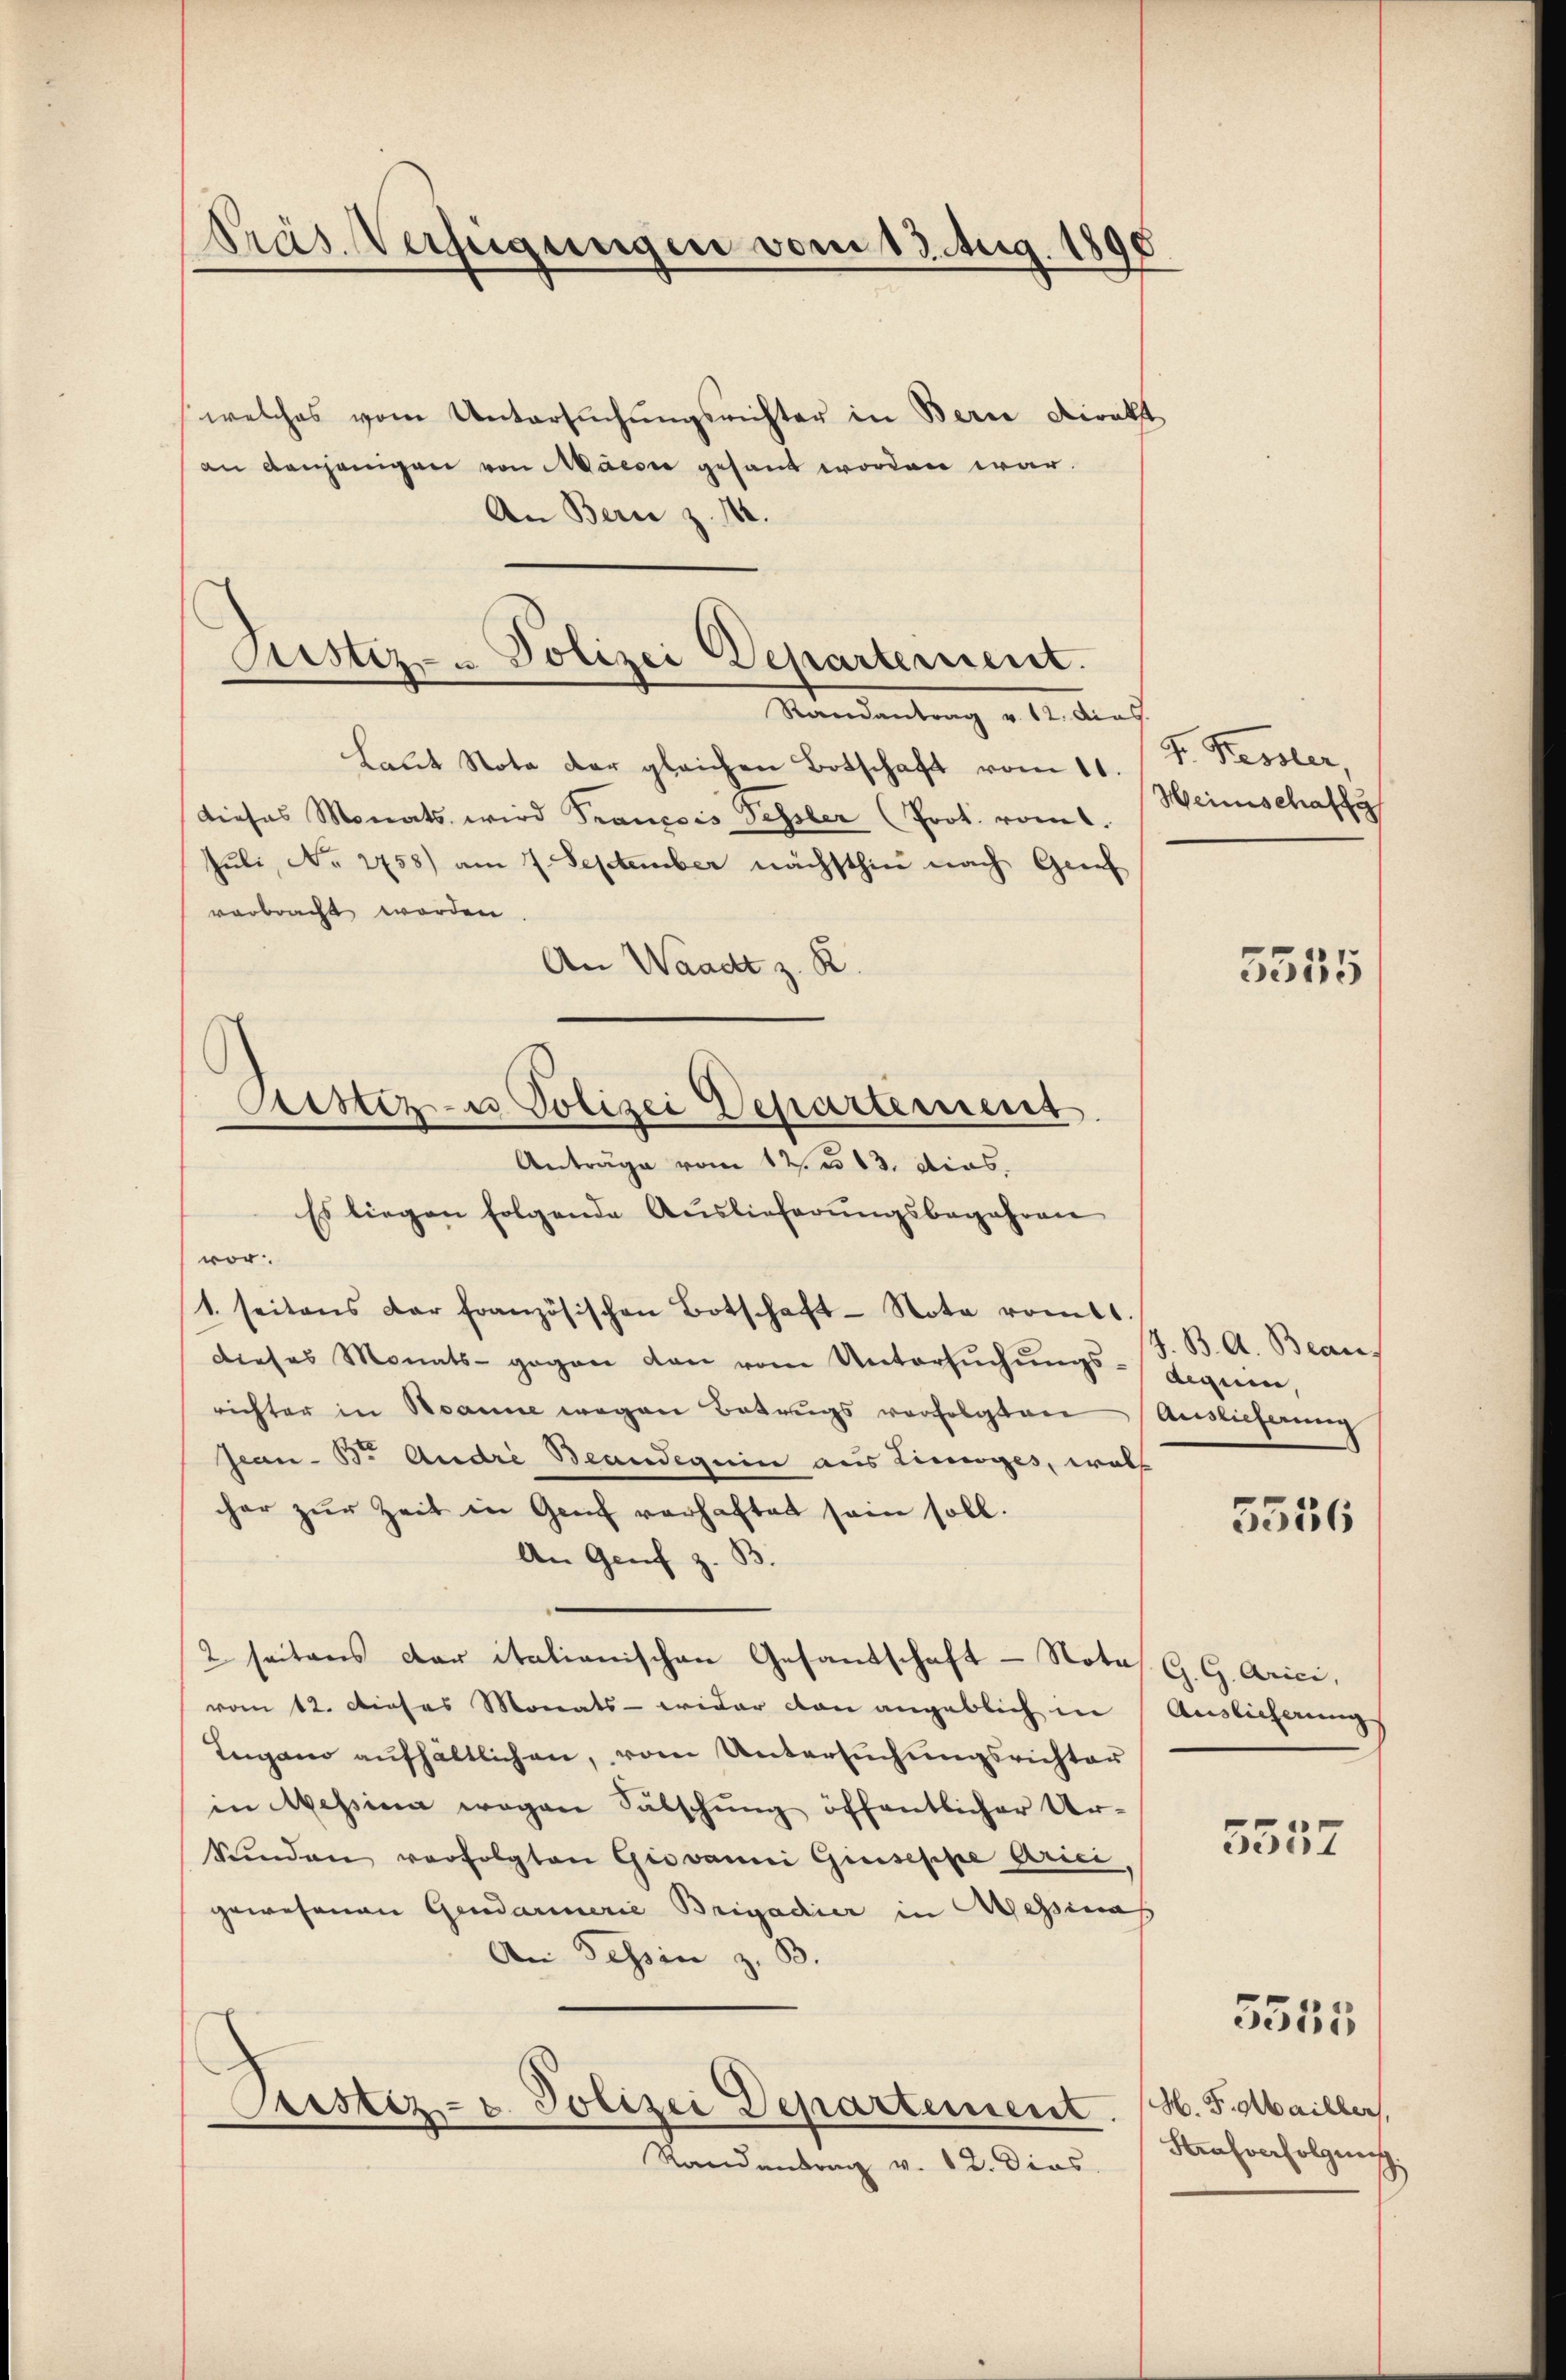
Präs. Verfügungen vom 13. Aug. 1896

welches vom Untersŭchŭngsrichter in Berne Direkt
an denjenigen von Macore gesandt worden war.
An Bern z. 14.
Randantrag v. 12. dies
Laut Note der gleichen Botschaft vom 11.
dieses Monats wird Trancois Pessler (Prot. vom 1.
Juli, No 2758) am 7. September nächsthin nach Grief
verbracht worden.
An Waadt z. R.
Es liegen folgende Auslieferungsbegehren
vor.
1. seitens dar französischen Botschaft-Note romtt
dieses Monats- gegen den vom Untersŭchŭngs-diquen
richter in Banne wegen Betrugs verfolgten Auslieferung
Jean - Br. Andri Beandeguin aus Lieges, woll
cher zŭr Zeit in Genf verhaftet sein soll.
An Genf z. B.
2 seitens der italienischen Gesandschaft - Note
vom 12. Dieses Monats - wider von angeblich in
Ingano aŭfhältlichen, vom Untersŭchŭngsrichter
in Messina wegen Sälschung öffentlicher Ur-
Stinden verfolgten Giovanni Giuseppe Arici
gewesenen Gendarmerie Brigadier in Beginas
An Tessin z. B.
Sistiz- u. Polizei Departement.
Randantrag v. 12. Dies

Astiz- u Polizei Departerient.

Astiz- u Polizei Departement
Anträge vom 12. u. 13. dies

J. Kessler,
Heinschaft

5555

J. B. A. Bean

5556

G. G. Arici,
Auslicherung
5557

5555

H. F. Mailler,
Fenhorfolgen.